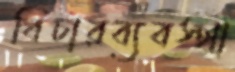
বিচারব্যবস্থা